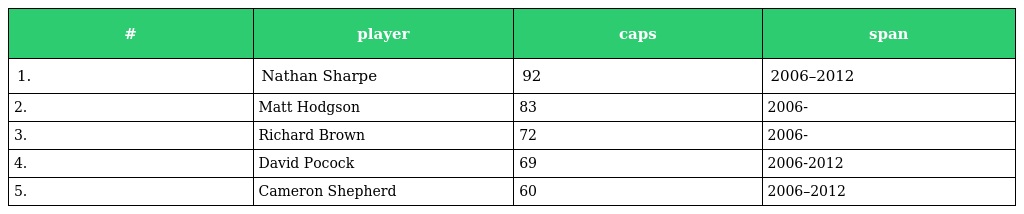
| # | player | caps | span |
 | --- | --- | --- | --- |
 | 1. | Nathan Sharpe | 92 | 2006–2012 |
 | 2. | Matt Hodgson | 83 | 2006- |
 | 3. | Richard Brown | 72 | 2006- |
 | 4. | David Pocock | 69 | 2006-2012 |
 | 5. | Cameron Shepherd | 60 | 2006–2012 |